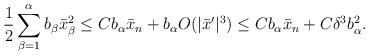
\begin{align*}\begin{aligned}\frac{1}{2} \sum_{\beta=1}^{\alpha} b_\beta \bar{x}_\beta^2 \leq C b_\alpha \bar{x}_n + b_\alpha O (|\bar{x}'|^3) \leq C b_\alpha \bar{x}_n + C \delta^3 b_\alpha^2.\end{aligned}\end{align*}